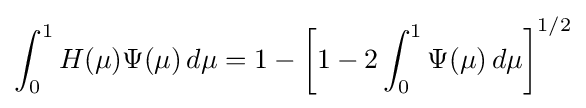
\int _{0}^{1}H(\mu )\Psi (\mu )\,d\mu =1-\left[1-2\int _{0}^{1}\Psi (\mu )\,d\mu \right]^{1/2}